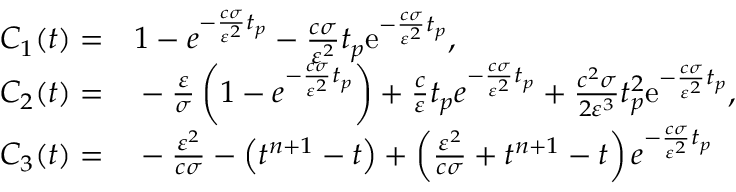
\begin{array} { r l } { C _ { 1 } ( t ) = } & { { } 1 - e ^ { - \frac { c \sigma } { \varepsilon ^ { 2 } } t _ { p } } - \frac { c \sigma } { \varepsilon ^ { 2 } } t _ { p } \mathrm { e } ^ { - \frac { c \sigma } { \varepsilon ^ { 2 } } t _ { p } } , } \\ { C _ { 2 } ( t ) = } & { { } - \frac { \varepsilon } { \sigma } \left( 1 - e ^ { - \frac { c \sigma } { \varepsilon ^ { 2 } } t _ { p } } \right) + \frac { c } { \varepsilon } t _ { p } e ^ { - \frac { c \sigma } { \varepsilon ^ { 2 } } t _ { p } } + \frac { c ^ { 2 } \sigma } { 2 \varepsilon ^ { 3 } } t _ { p } ^ { 2 } \mathrm { e } ^ { - \frac { c \sigma } { \varepsilon ^ { 2 } } t _ { p } } , } \\ { C _ { 3 } ( t ) = } & { { } - \frac { \varepsilon ^ { 2 } } { c \sigma } - \left( t ^ { n + 1 } - t \right) + \left( \frac { \varepsilon ^ { 2 } } { c \sigma } + t ^ { n + 1 } - t \right) e ^ { - \frac { c \sigma } { \varepsilon ^ { 2 } } t _ { p } } } \end{array}